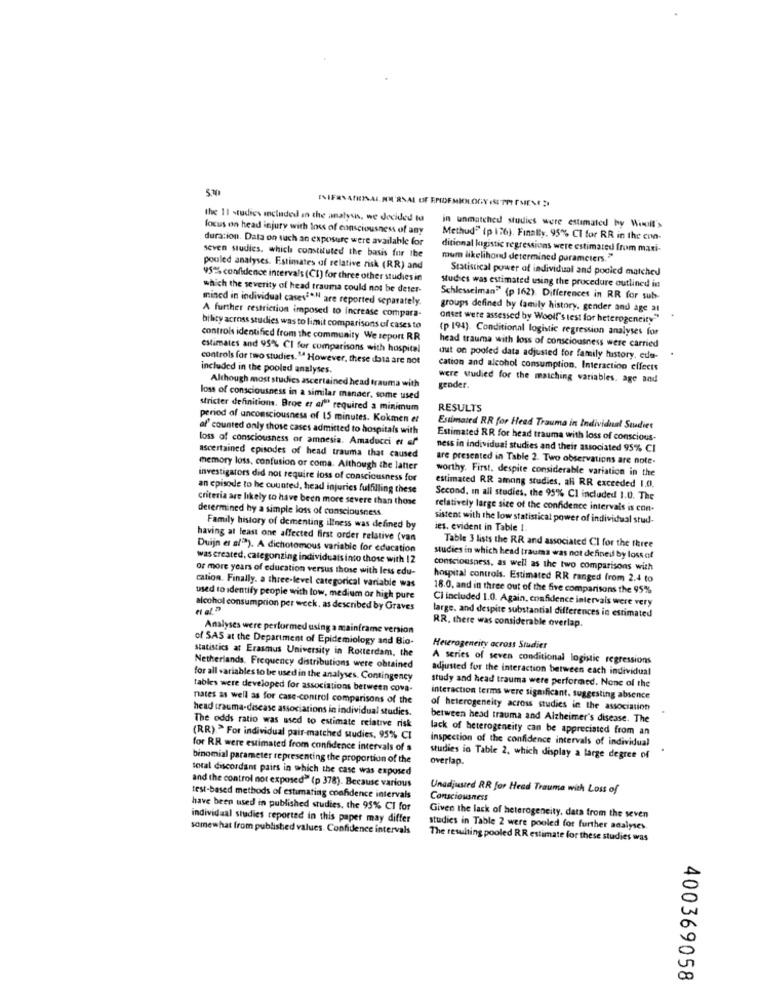
the 11 studies included in the analysis, we decided to
focus on head injury with loss of consciousness of any
in unmatched studies were estimated by Winoit's
duracion. Data on such an exposure were available for
Methud" ip 176). Finally. 95% CI for RR in the con-
ditional kigistic regressions were estimated from maxi-
seven studies, which constituted the basis for the
mum likelihond determined parameters."
pouled analyses. Estimates of relative risk (RR) and
Statistical power of individual and podied matched
95% confidence intervals (CI) for three other studies in
which the severity of head trauma could not be deter-
Studies was estimated using the procedure outlined in
mined in individual casesieN are reported separately
Schlesseiman" (p 162). Differences in RR for sub-
A further restriction imposed to increase compara-
groups defined by family history, gender and age at
onset were assessed by Wooll's test for heterogeneity"
bility across studies was to limit comparisons of cases to
(p 194). Conditional logistic regression analyses for
controls identifica from the community We report RR
estimates and 95% CI fer comparisons with hospital
head trauma with loss of consciousness were carried
controls for two studies." However, these data are not
uut on pooled data adjusted for family history. ede-
included in the pooled analyses.
cation and alcohol consumption, Interaction effects
were studied for the matching variables, age and
Although most studies ascertained head trauma with
gender.
loss of consciousness in a similar manger, some used
stricter definitions. Broe er al"" required a minimum
RESULTS
period of unconsciousness of 15 minutes. Kakmen et
af' counted only those cases admitted to hospitals with
Estimated RR for Head Trauma in Individual Studies
loss of consciousness or amnesia. Amaducci et al
Estimated RR for head trauma with loss of conscious-
ness in individual studies and their associated 95% CI
ascertained episodes of head trauma that caused
are presented in Table 2. Two observations are note.
memory loss, confusion or coma. Although the latter
worthy. First. despite considerable variation in the
investigators did not require loss of consciousness for
an episode to be counted, head injuries fulfilling these
estimated RR among studies, all RR exceeded 1.0.
criteria are likely to have been more severe than those
Second, In all studies, the 95% CI included 1.0. The
determined hy a simple loss of consciousness.
relatively large size of the confidence intervals is con-
sistent with the low statistical power of individual stud-
Family history of dementing illness was defined by
ies. evident in Table I.
having at least one affected first order relative (van
Duijn et af"). A dichotomous variable for education
Table 3 lists the RR and associated Cl for the three
was created, categonzing individuais into those with 12
studies in which head trauma was not defined by loss of
or more years of education versus those with less edu-
consciousness, as well as the two comparisons with
cation. Finally. a three-level categorical variable was
hospital controls. Estimated RR ranged from 2.4 to
18.0, and in three out of the five comparisons the 95%
used to identify people with low, medium or high pure
Ci included 1.0. Again, confidence intervals were very
alcohol consumption per week. as described by Graves
large, and despite substantial differences in estimated
Analyses were performed using a mainframe version
RR. there was considerable overlap.
of SAS at the Department of Epidemiology and Bio-
statistics at Erasmus University in Rotterdam, the
Heterogeneity across Studier
A series of seven conditional logistic regressions
Netherlands, Frequency distributions were obtained
adjusted for the interaction between each individual
for all variables to be used in the analyses. Contingency
tables were developed for associations between cova-
study and head trauma were performed. None of the
nates as well as for case-control comparisons of the
interaction terms were significant, suggesting absence
head trauma-disease associations in individual studies.
of heterogeneity across studies in the association
between head trauma and Alzheimer's disease. The
The odds ratio was used to estimate relative risk
lack of heterogeneity can be appreciated from an
(RR). > For individual pair-matched studies, 95% CI
inspection of the confidence intervals of individual
for RR were estimated from confidence intervals of s
binomial parameter representing the proportion of the
studies in Table 2, which display a large degree of
overlap.
total discordant pairs in which the case was exposed
and the control not exposed" (p 378). Because various
Unadjusted RR for Head Trauma with Loss of
test-based methods of estimating confidence intervals
Consciousness
have been used in published studies. the 95% CI for
individual studies reported in this paper may differ
Given the lack of heterogeneity, data from the seven
somewhat from published values. Confidence intervals
studies in Table 2 were pooled for further analyses
The resulting pooled RR estimate for these studies was
400369058